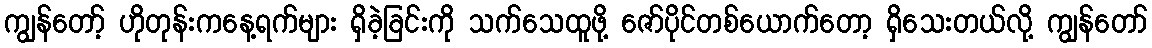
ကျွန်တော့် ဟိုတုန်းကနေ့ရက်များ ရှိခဲ့ခြင်းကို သက်သေထူဖို့ ဇော်ပိုင်တစ်ယောက်တော့ ရှိသေးတယ်လို့ ကျွန်တော်